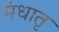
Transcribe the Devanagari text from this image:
मंधातृ